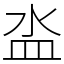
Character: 泴